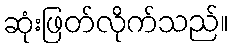
ဆုံးဖြတ်လိုက်သည်။